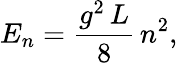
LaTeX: E_{n}={\frac{g^{2}\, L}{8}}\, n^{2},